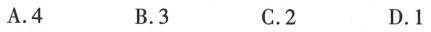
A.4 B.3 C.2 D.1